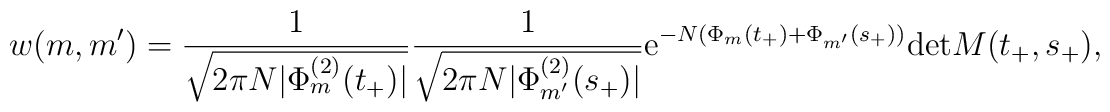
w(m,m')=        \frac{1}{\sqrt{2\pi N |\Phi_{m}^{(2)}(t_{+})|}}       \frac{1}{\sqrt{2\pi N |\Phi_{m'}^{(2)}(s_{+})|}}      {\rm e}^{-N(\Phi_{m}(t_{+})+\Phi_{m'}(s_{+}))}      {\rm det}M(t_{+},s_{+}) ,